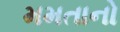
મમતાનો